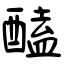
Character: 醘